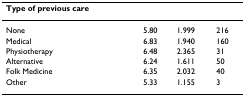
| Type of previous care |  |  |  |
 | --- | --- | --- | --- |
 | None | 5.80 | 1.999 | 216 |
 | Medical | 6.83 | 1.940 | 160 |
 | Physiotherapy | 6.48 | 2.365 | 31 |
 | Alternative | 6.24 | 1.611 | 50 |
 | Folk Medicine | 6.35 | 2.032 | 40 |
 | Other | 5.33 | 1.155 | 3 |